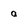
Character: a